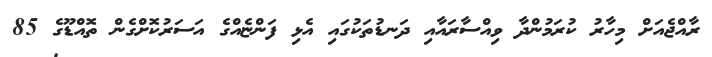
ރާއްޖެއަށް މިހާރު ކުރަމުންދާ ވިއްސާރައާއި ދަނޑުތަކުގައި އެޅި ފަންޏެއްގެ އަސަރުކޮށްގެން ތޮއްޑޫގެ 85